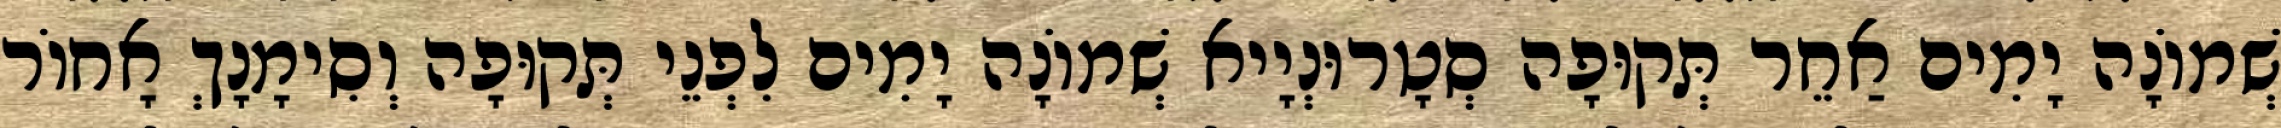
שְׁמוֹנָה יָמִים אַחֵר תְּקוּפָה סְטָרוּנְיָיא שְׁמוֹנָה יָמִים לִפְנֵי תְּקוּפָה וְסִימָנָךְ אָחוֹר